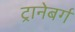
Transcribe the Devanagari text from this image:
ट्रानेबर्ग